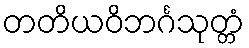
တတိယဝိဘင်္ဂသုတ္တံ